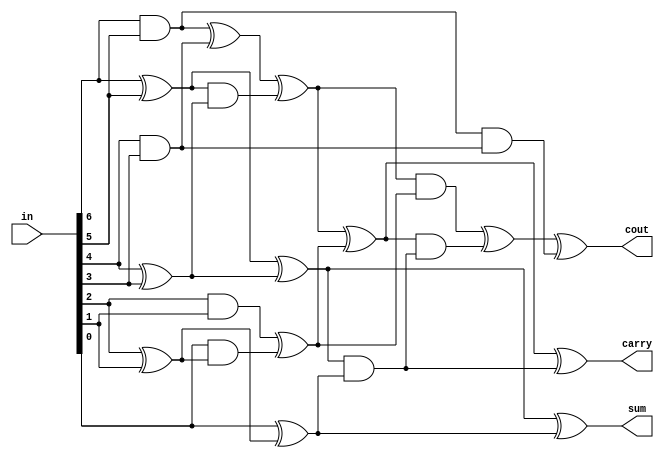

module adder_7to3(in, cout, carry, sum);

input [6:0] in;
wire x1, x2, x3, x4, x5, x6, x7;
output cout, carry, sum;

assign {x1, x2, x3, x4, x5, x6, x7} = in;

wire and12, xor12, and34, xor34, and56, xor56;

assign and12 = x1 & x2;
assign xor12 = x1 ^ x2;
assign and34 = x3 & x4;
assign xor34 = x3 ^ x4;
assign and56 = x5 & x6;
assign xor56 = x5 ^ x6;

wire  and4, xor4, and5, xor5, and6, xor6;

assign and4 = and12 & and34;
assign xor4 = and12 ^ and34;
assign and5 = xor12 & xor34;
assign xor5 = xor12 ^ xor34;
assign and6 = x7 & xor56;
assign xor6 = x7 ^ xor56;

wire xor10, xor7;

assign xor10 = xor4 ^ and5;
assign xor7 = and56 ^ and6;

wire and8, xor8, and9, xor9;

assign and8 = xor5 & xor6;
assign xor8 = xor5 ^ xor6;
assign and9 = xor10 & xor7;
assign xor9 = xor10 ^ xor7;


wire xor12_, and11, xor11, xor13;

assign xor12_ = and9 ^ and11;
assign and11 = xor9 & and8;
assign xor11 = xor9 ^ and8;
assign xor13 = xor12_ ^ and4;

assign sum = xor8;
assign carry = xor11;
assign cout = xor13;

endmodule